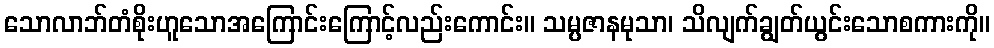
သောလာဘ်တံစိုးဟူသောအကြောင်းကြောင့်လည်းကောင်း။ သမ္ပဇာနမုသာ၊ သိလျက်ချွတ်ယွင်းသောစကားကို။